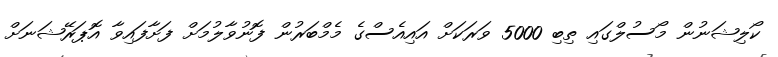
ކޯލިޝަނުން މޯސުލްގައި ތިބި 5000 ވަރަކަށް އައިއެސްގެ މެމްބަރުން ފޮނުވާލުމަށް ފަށާފައިވާ އޮޕަރޭޝަނަށް